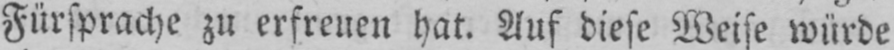
Fürsprache zu erfreuen hat. Auf diese Weise würde